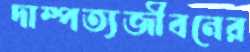
দাম্পত্যজীবনের